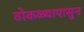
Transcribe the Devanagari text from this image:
ठोकळ्यापासुन